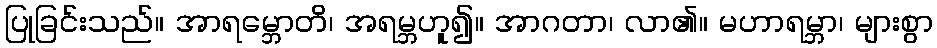
ပြုခြင်းသည်။ အာရမ္ဘောတိ၊ အရမ္ဘဟူ၍။ အာဂတာ၊ လာ၏။ မဟာရမ္ဘာ၊ များစွာ